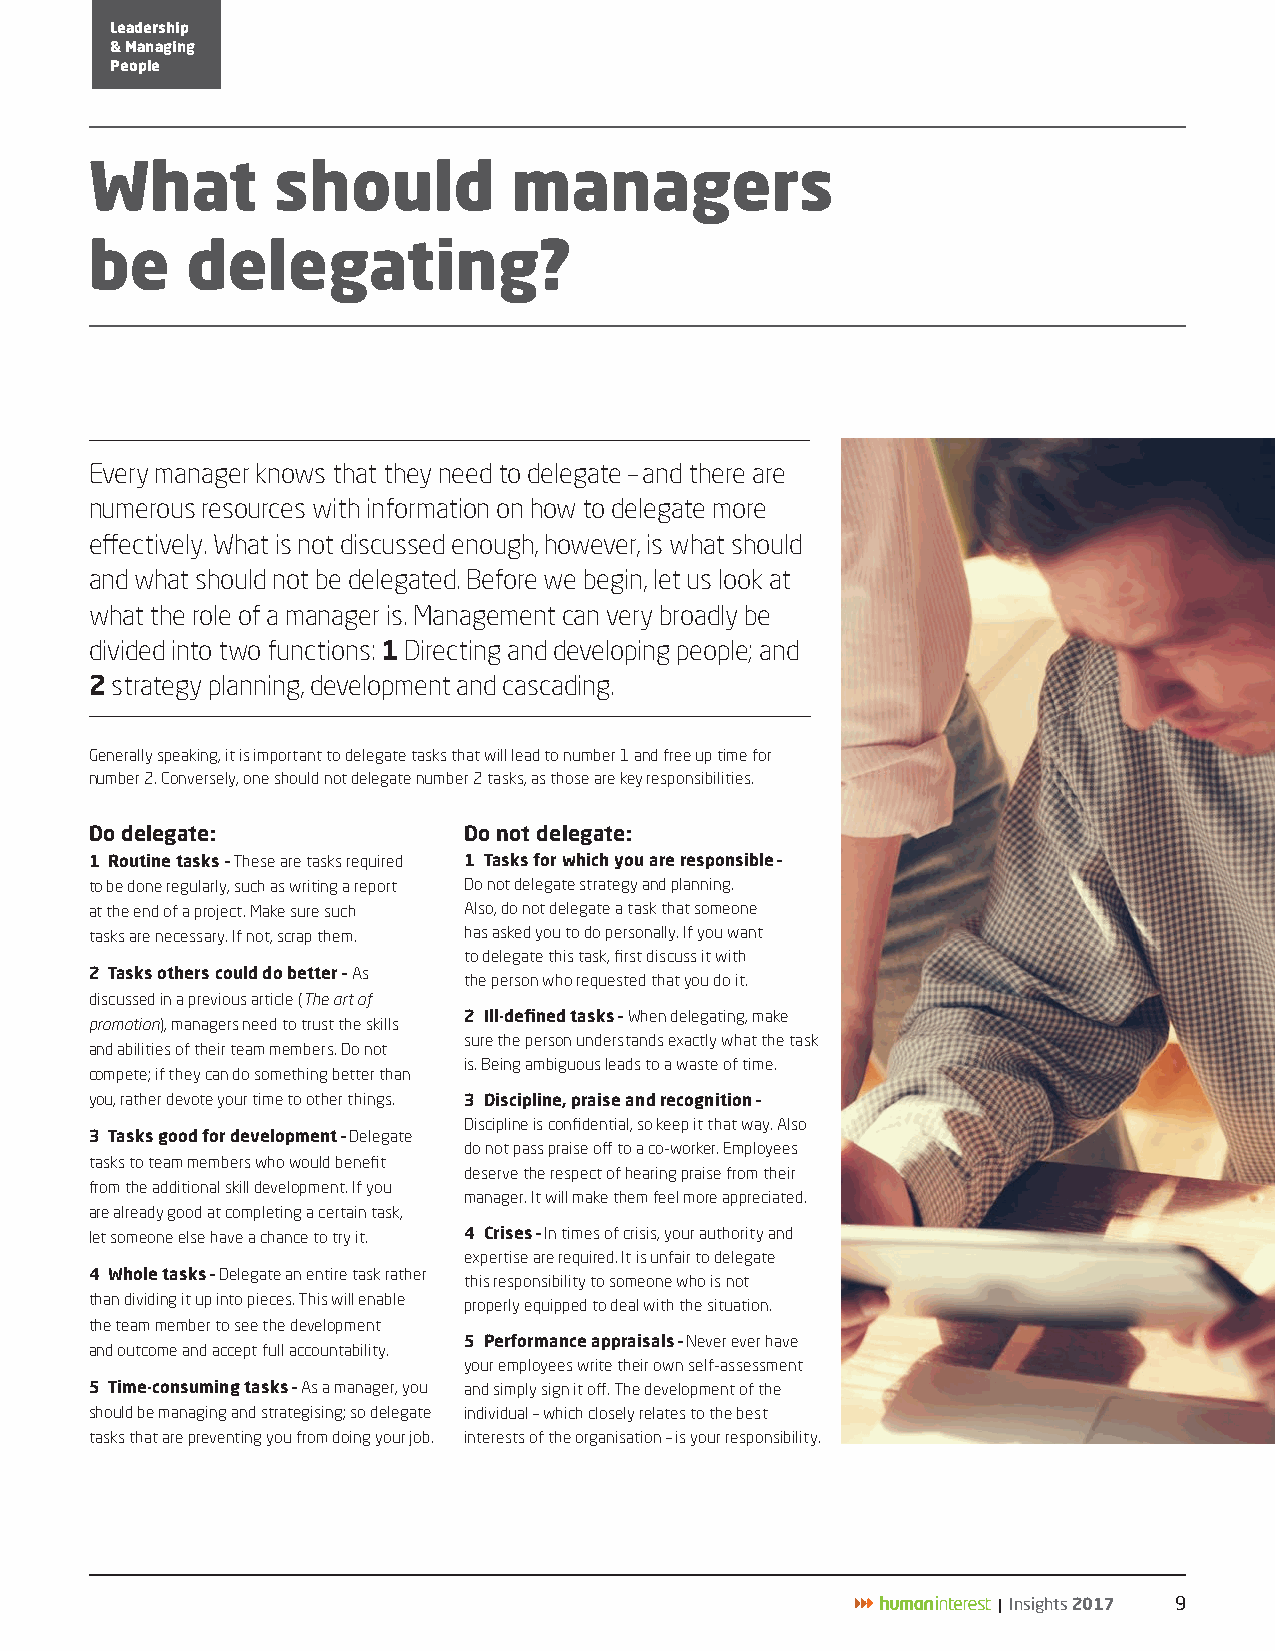
Leadership
 & Managing
 People
 What        should          managers
 be    delegating?
 Every manager knows that they need to delegate – and there are
 numerous resources with information on how to delegate more
 effectively. What is not discussed enough, however, is what should
 and what should not be delegated. Before we begin, let us look at
 what the role of a manager is. Management can very broadly be
 divided into two functions: 1 Directing and developing people; and
 2 strategy planning, development and cascading.
 Generally speaking, it is important to delegate tasks that will lead to number 1 and free up time for
 number 2. Conversely, one should not delegate number 2 tasks, as those are key responsibilities.
 Do delegate:             Do not delegate:
 1 Routine tasks – These are tasks required 1 Tasks for which you are responsible –
 to be done regularly, such as writing a report Do not delegate strategy and planning.
 at the end of a project. Make sure such Also, do not delegate a task that someone
 tasks are necessary. If not, scrap them. has asked you to do personally. If you want
 to delegate this task, first discuss it with
 2 Tasks others could do better – As
 the person who requested that you do it.
 discussed in a previous article (The art of
 2 Ill-defined tasks – When delegating, make
 promotion), managers need to trust the skills
 sure the person understands exactly what the task
 and abilities of their team members. Do not
 is. Being ambiguous leads to a waste of time.
 compete; if they can do something better than
 you, rather devote your time to other things. 3 Discipline, praise and recognition –
 Discipline is confidential, so keep it that way. Also
 3 Tasks good for development – Delegate
 do not pass praise off to a co-worker. Employees
 tasks to team members who would benefit
 deserve the respect of hearing praise from their
 from the additional skill development. If you
 manager. It will make them feel more appreciated.
 are already good at completing a certain task,
 let someone else have a chance to try it. 4 Crises – In times of crisis, your authority and
 expertise are required. It is unfair to delegate
 4 Whole tasks – Delegate an entire task rather
 this responsibility to someone who is not
 than dividing it up into pieces. This will enable properly equipped to deal with the situation.
 the team member to see the development
 5 Performance appraisals – Never ever have
 and outcome and accept full accountability.
 your employees write their own self-assessment
 5 Time-consuming tasks – As a manager, you and simply sign it off. The development of the
 should be managing and strategising; so delegate individual – which closely relates to the best
 tasks that are preventing you from doing your job. interests of the organisation – is your responsibility.
 | Insights 2017 9